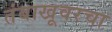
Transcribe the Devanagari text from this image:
तंबाखूवरचा